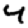
Digit: 4